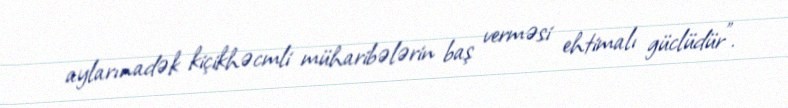
aylarınadək kiçikhəcmli müharibələrin baş verməsi ehtimalı güclüdür".